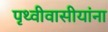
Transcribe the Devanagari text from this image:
पृथ्वीवासीयांना